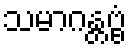
သမာဂန္တဗ္ဗံ